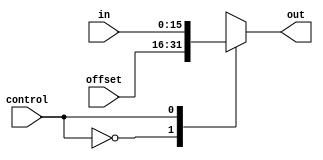
module MuxBitExtender(control, offset, out, in); //Mux de entrada do extensor de bit

	input control;
	input [15:0] offset, in;
	output reg[15:0] out;
	
	always @ (*) begin
		
		case (control)
			1'b0 : out = offset;
			1'b1 : out = in;
		endcase
		
	end
	
endmodule